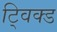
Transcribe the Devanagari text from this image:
ट्विक्ड